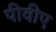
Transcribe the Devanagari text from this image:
पीवीए